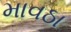
માવઠા